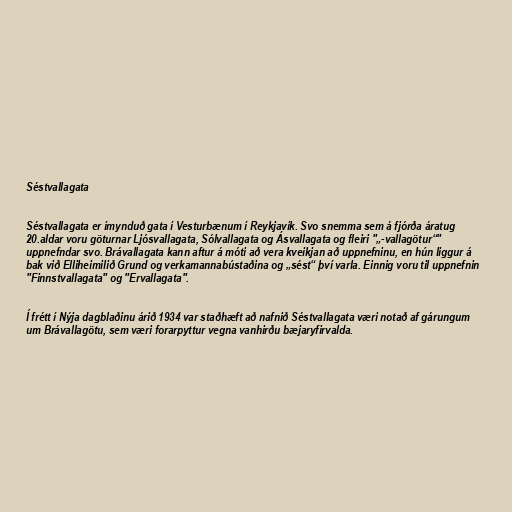
Séstvallagata

Séstvallagata er ímynduð gata í Vesturbænum í Reykjavík. Svo snemma sem á fjórða áratug
20.aldar voru göturnar Ljósvallagata, Sólvallagata og Ásvallagata og fleiri "„-vallagötur“"
uppnefndar svo. Brávallagata kann aftur á móti að vera kveikjan að uppnefninu, en hún liggur á
bak við Elliheimilið Grund og verkamannabústaðina og „sést“ því varla. Einnig voru til uppnefnin
"Finnstvallagata" og "Ervallagata".

Í frétt í Nýja dagblaðinu árið 1934 var staðhæft að nafnið Séstvallagata væri notað af gárungum
um Brávallagötu, sem væri forarpyttur vegna vanhirðu bæjaryfirvalda.